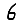
Digit: 6